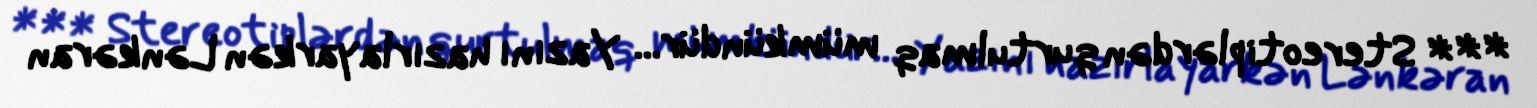
*** Stereotiplərdən qurtulmaq mümkündür... Yazını hazırlayarkən Lənkəran